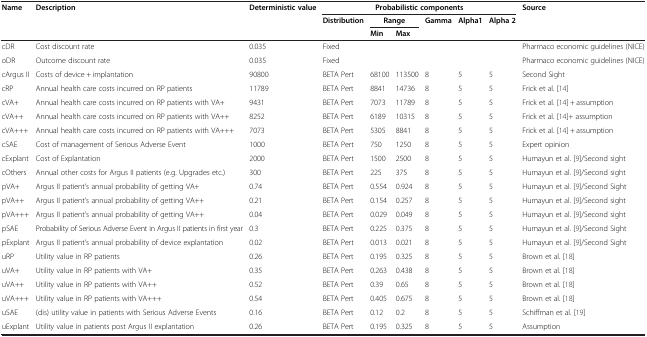
<table><thead><tr><td><b>Name</b></td><td><b>Description</b></td><td><b>Deterministic value</b></td><td colspan="6"><b>Probabilistic components</b></td><td><b>Source</b></td></tr><tr><td><b> </b></td><td><b> </b></td><td><b> </b></td><td><b>Distribution</b></td><td><b>Range</b></td><td><b> </b></td><td><b>Gamma</b></td><td><b>Alpha1</b></td><td><b>Alpha 2</b></td><td><b> </b></td></tr><tr><td><b> </b></td><td><b> </b></td><td><b> </b></td><td><b> </b></td><td><b>Min</b></td><td><b>Max</b></td><td><b> </b></td><td><b> </b></td><td><b> </b></td><td><b> </b></td></tr></thead><tbody><tr><td>cDR</td><td>Cost discount rate</td><td>0.035</td><td>Fixed</td><td> </td><td> </td><td> </td><td> </td><td> </td><td>Pharmaco economic guidelines (NICE)</td></tr><tr><td>oDR</td><td>Outcome discount rate</td><td>0.035</td><td>Fixed</td><td> </td><td> </td><td> </td><td> </td><td> </td><td>Pharmaco economic guidelines (NICE)</td></tr><tr><td>cArgus II</td><td>Costs of device + implantation</td><td>90800</td><td>BETA Pert</td><td>68100</td><td>113500</td><td>8</td><td>5</td><td>5</td><td>Second Sight</td></tr><tr><td>cRP</td><td>Annual health care costs incurred on RP patients</td><td>11789</td><td>BETA Pert</td><td>8841</td><td>14736</td><td>8</td><td>5</td><td>5</td><td>Frick et al. [14]</td></tr><tr><td>cVA+</td><td>Annual health care costs incurred on RP patients with VA+</td><td>9431</td><td>BETA Pert</td><td>7073</td><td>11789</td><td>8</td><td>5</td><td>5</td><td>Frick et al. [14] + assumption</td></tr><tr><td>cVA++</td><td>Annual health care costs incurred on RP patients with VA++</td><td>8252</td><td>BETA Pert</td><td>6189</td><td>10315</td><td>8</td><td>5</td><td>5</td><td>Frick et al. [14]+ assumption</td></tr><tr><td>cVA+++</td><td>Annual health care costs incurred on RP patients with VA+++</td><td>7073</td><td>BETA Pert</td><td>5305</td><td>8841</td><td>8</td><td>5</td><td>5</td><td>Frick et al. [14] + assumption</td></tr><tr><td>cSAE</td><td>Cost of management of Serious Adverse Event</td><td>1000</td><td>BETA Pert</td><td>750</td><td>1250</td><td>8</td><td>5</td><td>5</td><td>Expert opinion</td></tr><tr><td>cExplant</td><td>Cost of Explantation</td><td>2000</td><td>BETA Pert</td><td>1500</td><td>2500</td><td>8</td><td>5</td><td>5</td><td>Humayun et al. [9]/Second sight</td></tr><tr><td>cOthers</td><td>Annual other costs for Argus II patients (e.g. Upgrades etc.)</td><td>300</td><td>BETA Pert</td><td>225</td><td>375</td><td>8</td><td>5</td><td>5</td><td>Humayun et al. [9]/Second sight</td></tr><tr><td>pVA+</td><td>Argus II patient’s annual probability of getting VA+</td><td>0.74</td><td>BETA Pert</td><td>0.554</td><td>0.924</td><td>8</td><td>5</td><td>5</td><td>Humayun et al. [9]/Second Sight</td></tr><tr><td>pVA++</td><td>Argus II patient’s annual probability of getting VA++</td><td>0.21</td><td>BETA Pert</td><td>0.154</td><td>0.257</td><td>8</td><td>5</td><td>5</td><td>Humayun et al. [9]/Second sight</td></tr><tr><td>pVA+++</td><td>Argus II patient’s annual probability of getting VA++</td><td>0.04</td><td>BETA Pert</td><td>0.029</td><td>0.049</td><td>8</td><td>5</td><td>5</td><td>Humayun et al. [9]/Second sight</td></tr><tr><td>pSAE</td><td>Probability of Serious Adverse Event in Argus II patients in first year</td><td>0.3</td><td>BETA Pert</td><td>0.225</td><td>0.375</td><td>8</td><td>5</td><td>5</td><td>Humayun et al. [9]/Second Sight</td></tr><tr><td>pExplant</td><td>Argus II patient’s annual probability of device explantation</td><td>0.02</td><td>BETA Pert</td><td>0.013</td><td>0.021</td><td>8</td><td>5</td><td>5</td><td>Humayun et al. [9]/Second Sight</td></tr><tr><td>uRP</td><td>Utility value in RP patients</td><td>0.26</td><td>BETA Pert</td><td>0.195</td><td>0.325</td><td>8</td><td>5</td><td>5</td><td>Brown et al. [18]</td></tr><tr><td>uVA+</td><td>Utility value in RP patients with VA+</td><td>0.35</td><td>BETA Pert</td><td>0.263</td><td>0.438</td><td>8</td><td>5</td><td>5</td><td>Brown et al. [18]</td></tr><tr><td>uVA++</td><td>Utility value in RP patients with VA++</td><td>0.52</td><td>BETA Pert</td><td>0.39</td><td>0.65</td><td>8</td><td>5</td><td>5</td><td>Brown et al. [18]</td></tr><tr><td>uVA+++</td><td>Utility value in RP patients with VA+++</td><td>0.54</td><td>BETA Pert</td><td>0.405</td><td>0.675</td><td>8</td><td>5</td><td>5</td><td>Brown et al. [18]</td></tr><tr><td>uSAE</td><td>(dis) utility value in patients with Serious Adverse Events</td><td>0.16</td><td>BETA Pert</td><td>0.12</td><td>0.2</td><td>8</td><td>5</td><td>5</td><td>Schiffman et al. [19]</td></tr><tr><td>uExplant</td><td>Utility value in patients post Argus II explantation</td><td>0.26</td><td>BETA Pert</td><td>0.195</td><td>0.325</td><td>8</td><td>5</td><td>5</td><td>Assumption</td></tr></tbody></table>